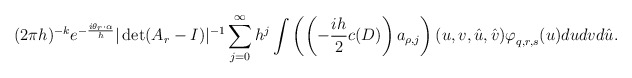
\begin{align*}(2\pi h)^{-k}e^{-\frac{i\theta_r\cdot \alpha}{h}}|\det(A_r-I)|^{-1} \sum_{j=0}^{\infty}h^j\int \left(\left(-\frac{ih}{2}c(D)\right) a_{\rho,j}\right) (u, v, \hat{u},\hat{v}) \varphi^{}_{q,r,s}(u) dudvd\hat{u}.\end{align*}